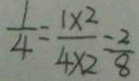
\frac { 1 } { 4 } = \frac { 1 \times 2 } { 4 \times 2 } - \frac { 2 } { 8 }